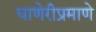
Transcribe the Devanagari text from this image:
घाणेरीप्रमाणे